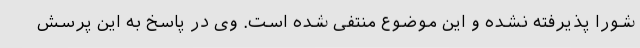
شورا پذیرفته نشده و این موضوع منتفی شده است. وی در پاسخ به این پرسش